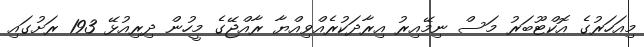
މިއަހަރުގެ އޮކްޓޫބަރު މަސް ނިމޭއިރު އިރާދަކުރެއްވިއްޔާ ރާއްޖޭގެ މީހުން ދިރިއުޅޭ 193 ރަށުގައި